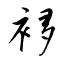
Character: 袳